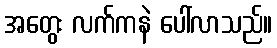
အတွေး လက်ကနဲ ပေါ်လာသည်။